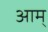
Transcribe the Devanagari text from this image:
आम्